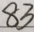
8 3